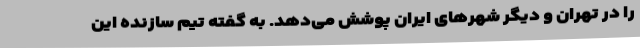
را در تهران و دیگر شهرهای ایران پوشش می‌دهد. به گفته تیم سازنده این